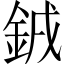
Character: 銊